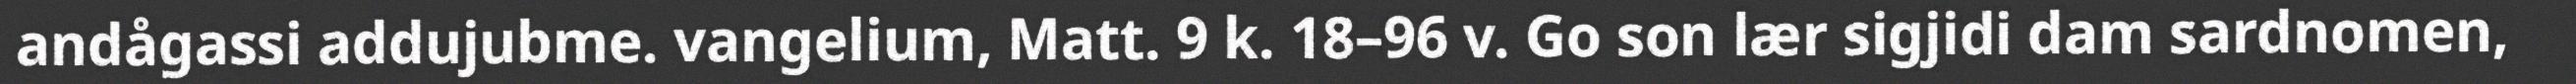
andågassi addujubme. vangelium, Matt. 9 k. 18–96 v. Go son lær sigjidi dam sardnomen,